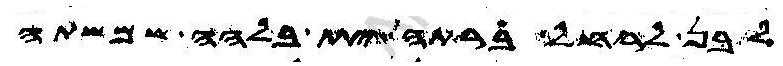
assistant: לבן לרחל ברתה ית בלהה שמשתה